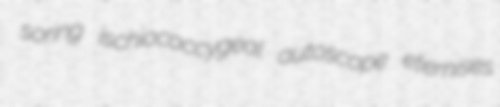
soring ischiococcygeal autoscope eternises